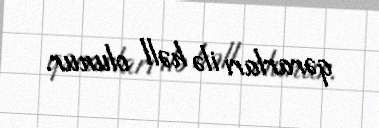
qərarları ilə həll olunur.